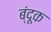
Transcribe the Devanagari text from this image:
ब्ंदूक